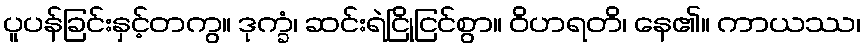
ပူပန်ခြင်းနှင့်တကွ။ ဒုက္ခံ၊ ဆင်းရဲငြိုငြင်စွာ။ ဝိဟရတိ၊ နေ၏။ ကာယဿ၊